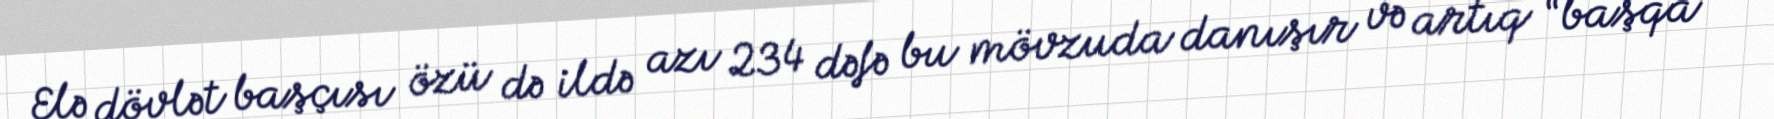
Elə dövlət başçısı özü də ildə azı 234 dəfə bu mövzuda danışır və artıq “başqa